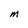
Character: m